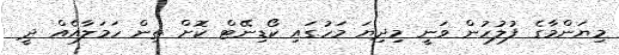
މިޔަންމާގެ ފުލުހުން ވަނީ މިދިޔަ މަހުގައި ކޯޑިނޭޓް ކޮށް ތިން ހަމަލާއެއް ދީ